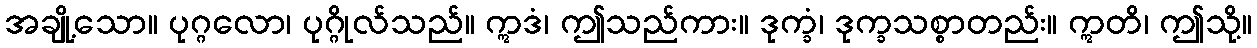
အချို့သော။ ပုဂ္ဂလော၊ ပုဂ္ဂိုလ်သည်။ ဣဒံ၊ ဤသည်ကား။ ဒုက္ခံ၊ ဒုက္ခသစ္စာတည်း။ ဣတိ၊ ဤသို့။